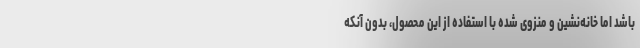
باشد اما خانه‌نشین و منزوی شده‌ با استفاده از این محصول، بدون آنکه